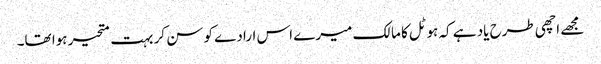
مجھے اچھی طرح یاد ہے کہ ہوٹل کا مالک میرے اس ارادے کو سن کر بہت متحیر ہوا تھا۔